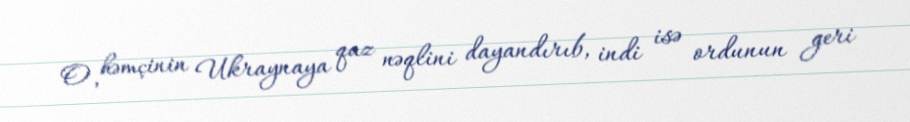
O, həmçinin Ukraynaya qaz nəqlini dayandırıb, indi isə ordunun geri